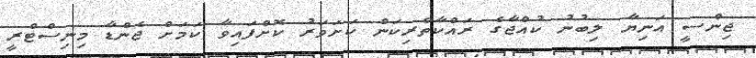
ޖިންސީ އަނިޔާ ލިބުނު ކުއްޖާގެ ރައްކާތެރިކަން ކަށަވަރު ކޮށްފައިވާ ކަމަށް ޖެންޑާ މިނިސްޓްރީ